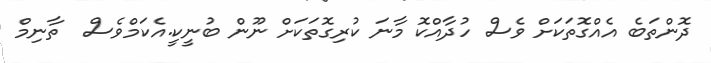
ދޮންތަބެ އެއްގޮތަކަށް ވެސް ހުދާއްކޮ މާނަ ކުރިގޮތަކަށް ނޫން ބުނީކީ.އެކަމްވެސް  ތާނިމް